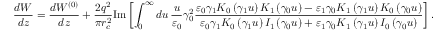
\frac { d W } { d z } = \frac { d W ^ { ( 0 ) } } { d z } + \frac { 2 q ^ { 2 } } { \pi r _ { c } ^ { 2 } } \mathrm { I m } \left[ \int _ { 0 } ^ { \infty } d u \, \frac { u } { \varepsilon _ { 0 } } \gamma _ { 0 } ^ { 2 } \frac { \varepsilon _ { 0 } \gamma _ { 1 } K _ { 0 } \left( \gamma _ { 1 } u \right) K _ { 1 } \left( \gamma _ { 0 } u \right) - \varepsilon _ { 1 } \gamma _ { 0 } K _ { 1 } \left( \gamma _ { 1 } u \right) K _ { 0 } \left( \gamma _ { 0 } u \right) } { \varepsilon _ { 0 } \gamma _ { 1 } K _ { 0 } \left( \gamma _ { 1 } u \right) I _ { 1 } \left( \gamma _ { 0 } u \right) + \varepsilon _ { 1 } \gamma _ { 0 } K _ { 1 } \left( \gamma _ { 1 } u \right) I _ { 0 } \left( \gamma _ { 0 } u \right) } \right] .